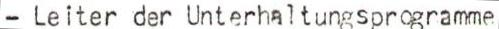
- Leiter der Unterhaltungsprogramme